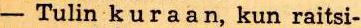
- Tulin kuraan, kun raitsi-